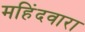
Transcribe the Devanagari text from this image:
महिंदवारा